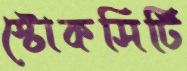
স্টোকসিটি